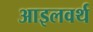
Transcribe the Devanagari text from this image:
आइलवर्थ